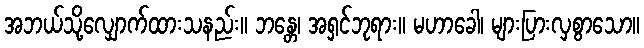
အဘယ်သို့လျှောက်ထားသနည်း။ ဘန္တေ၊ အရှင်ဘုရား။ မဟာခေါ၊ များပြားလှစွာသော။